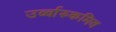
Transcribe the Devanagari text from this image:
उर्व्वारुकमिव